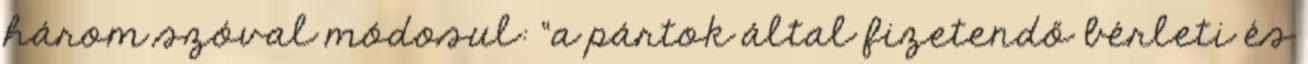
három szóval módosul: “a pártok által fizetendő bérleti és